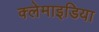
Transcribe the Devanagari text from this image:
क्लेमाइडिया